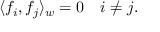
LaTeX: \langle f _ { i } , f _ { j } \rangle _ { w } = 0 \quad i \neq j .